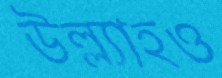
উল্ল্যাহও